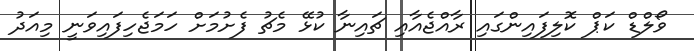
ވޯލްޑް ކަޕް ކޮލިފައިންގައި ރާއްޖެއާއި ޗައިނާ ކުޅޭ މެޗު ފެށުމަށް ހަމަޖެހިފައިވަނީ މިއަދު